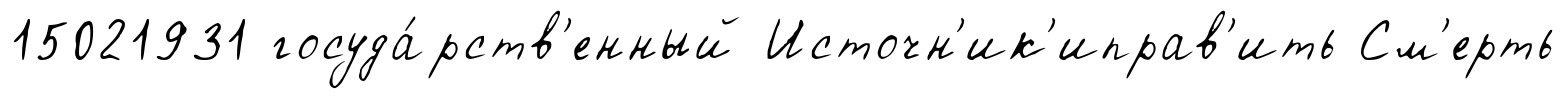
15021931 госуда́рств'енный Источн'ик'иправ'ить См'ерть